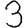
Digit: 3